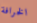
الخرافة